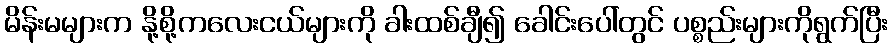
မိန်းမများက နို့စို့ကလေးငယ်များကို ခါးထစ်ချီ၍ ခေါင်းပေါ်တွင် ပစ္စည်းများကိုရွက်ပြီး